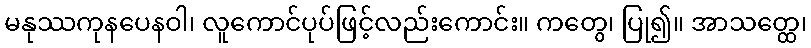
မနုဿကုနပေနဝါ၊ လူကောင်ပုပ်ဖြင့်လည်းကောင်း။ ကတွေ၊ ပြု၍။ အာသတ္ထေ၊